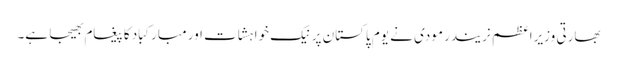
بھارتی وزیراعظم نریندر مودی نے یوم پاکستان پر نیک خواہشات اور مبارکباد کا پیغام بھیجا ہے۔